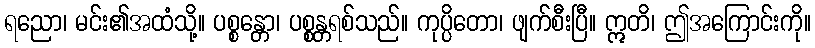
ရညော၊ မင်း၏အထံသို့။ ပစ္စန္တော၊ ပစ္စန္တရစ်သည်။ ကုပ္ပိတော၊ ဖျက်စီးပြီ။ ဣတိ၊ ဤအကြောင်းကို။